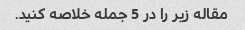
مقاله زیر را در 5 جمله خلاصه کنید.